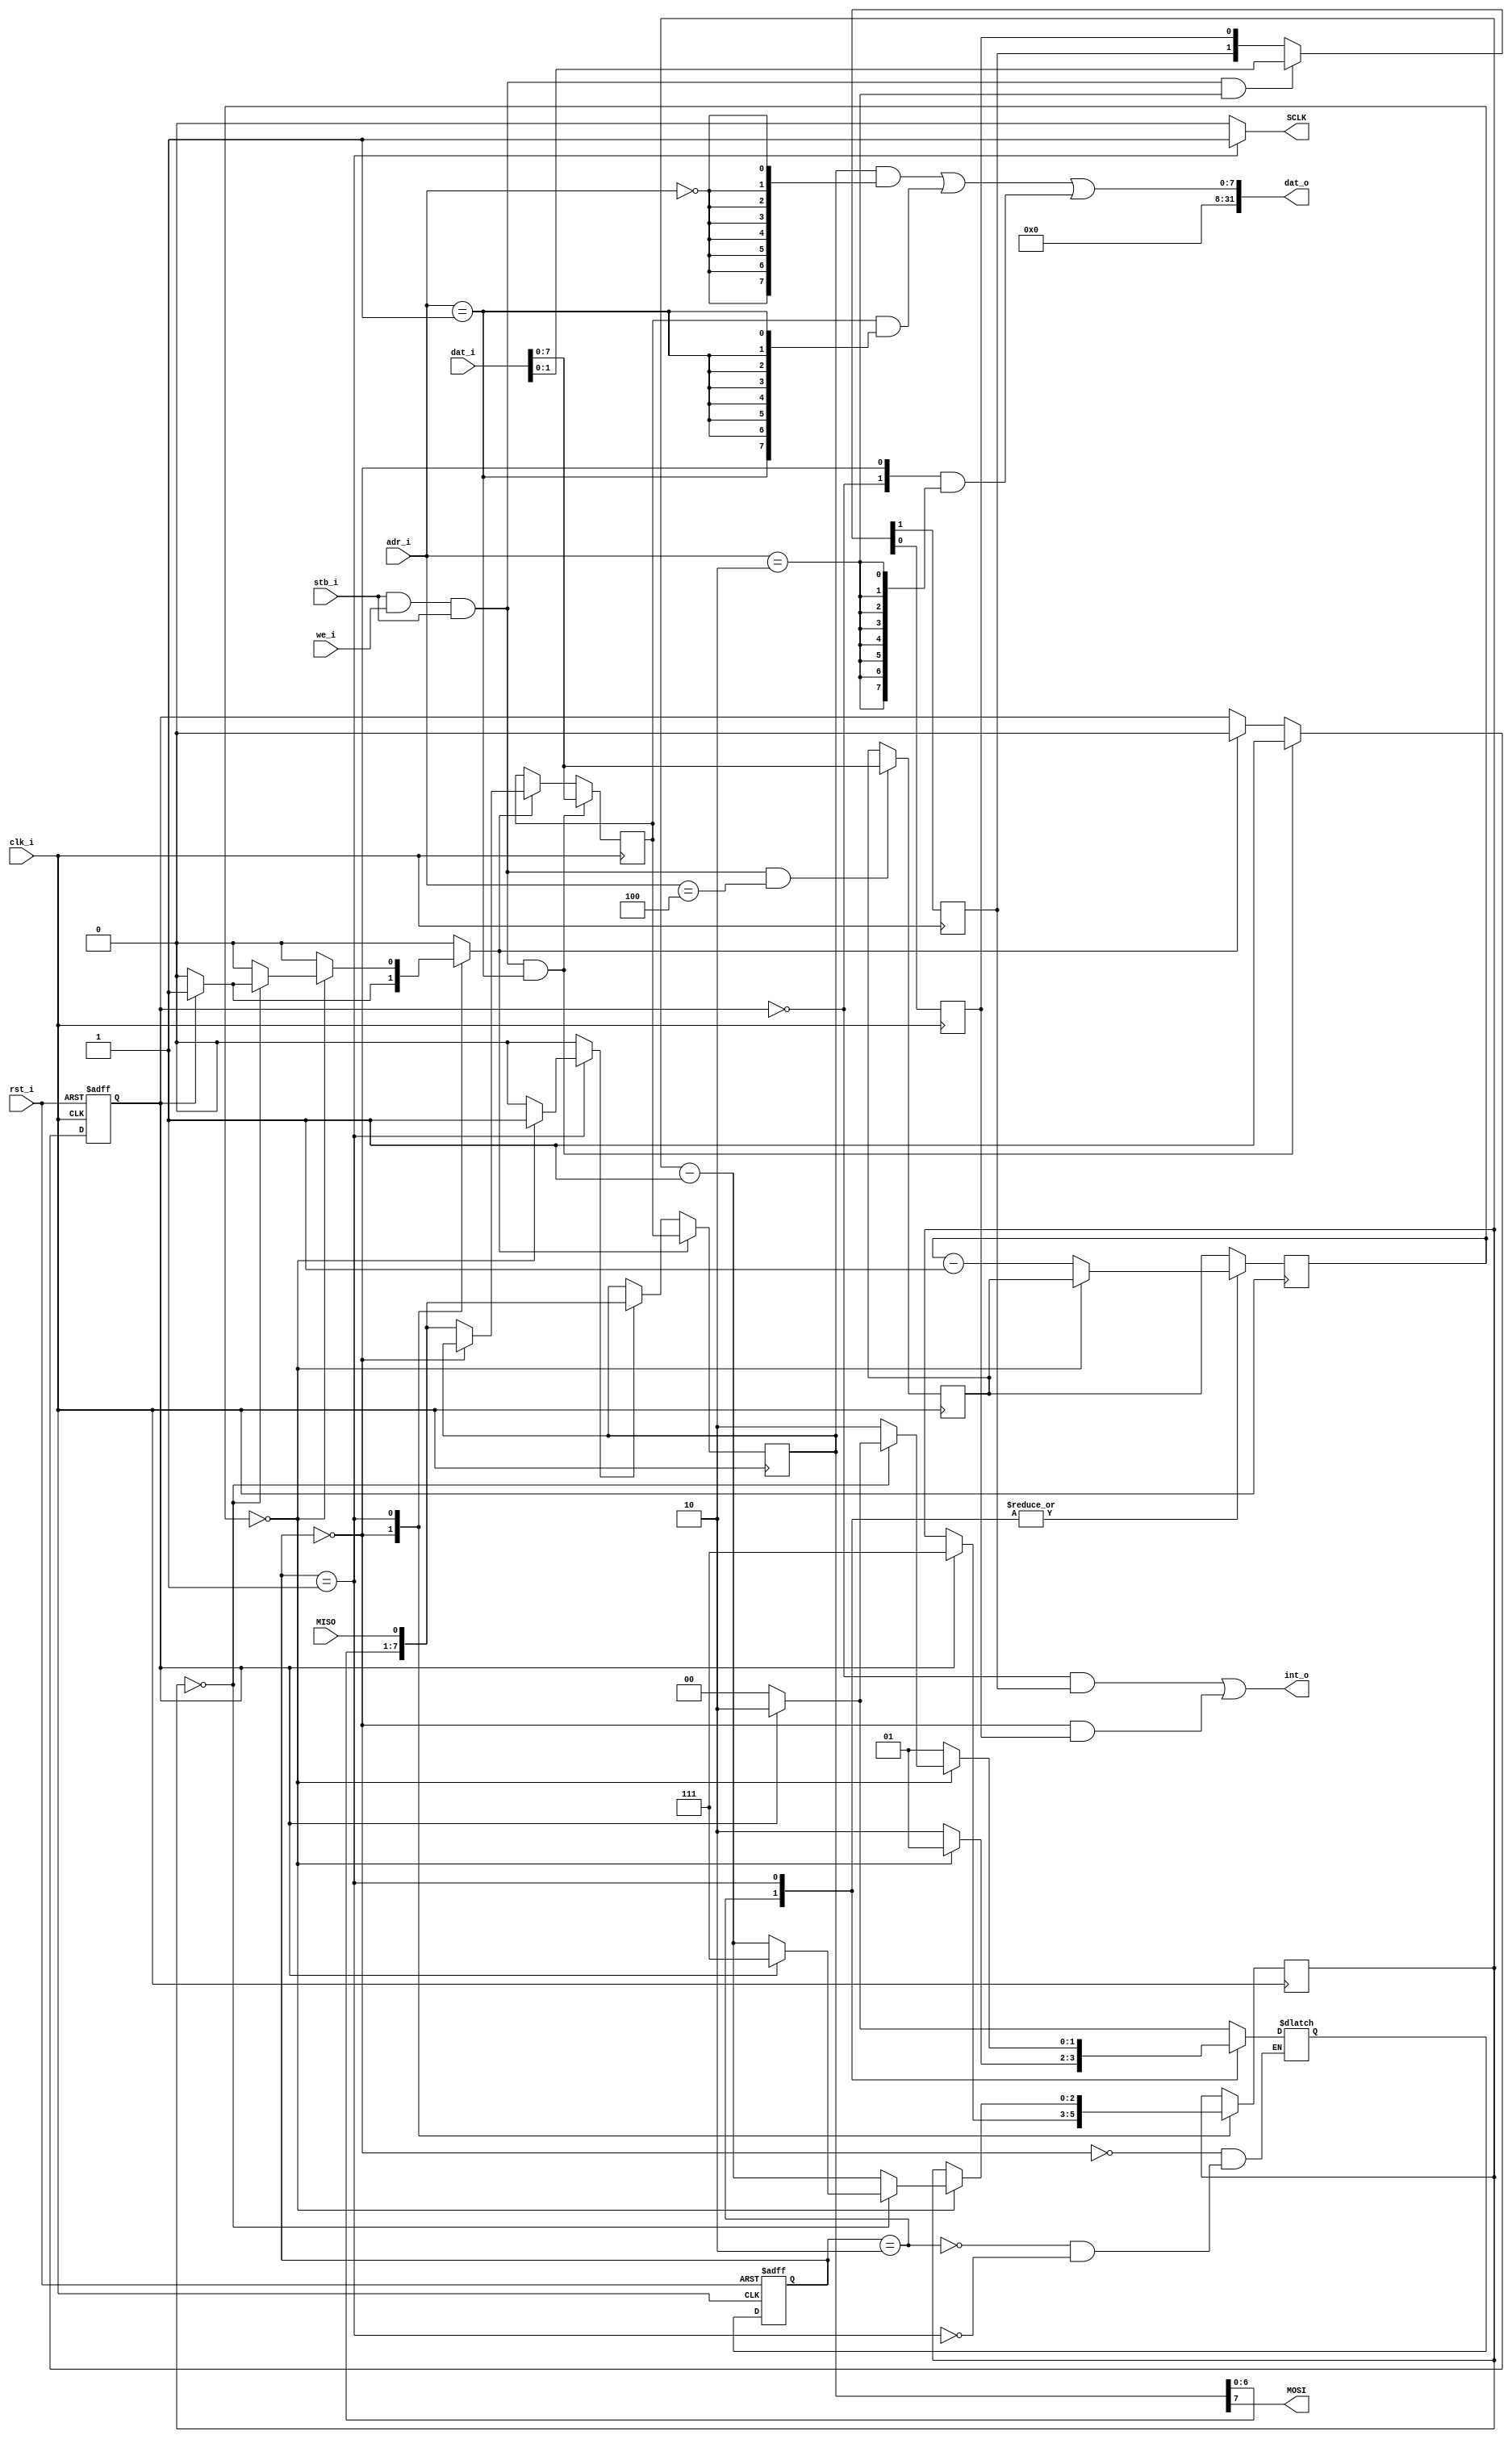
module tiny_spi(
   // system
   input	  rst_i,
   input	  clk_i,
   // memory mapped
   input	  stb_i,
   input	  we_i,
   output [31:0]  dat_o,
   input [31:0]   dat_i,
   output	  int_o,
   input [2:0]	  adr_i,
   //input 	  cyc_i, // comment out for avalon
   //output 	  ack_o, // comment out for avalon

   // spi
   output	  MOSI,
   output	  SCLK,
   input	  MISO
   );

   parameter BAUD_WIDTH = 8;
   parameter BAUD_DIV = 0;
   parameter SPI_MODE = 0;
   parameter BC_WIDTH = 3;
   parameter DIV_WIDTH = BAUD_DIV ? $clog2(BAUD_DIV / 2 - 1) : BAUD_WIDTH;


   reg [7:0]	  sr8, bb8;
   wire [7:0]	  sr8_sf;
   reg [BC_WIDTH - 1:0]		bc, bc_next;
   reg [DIV_WIDTH - 1:0]	ccr;
   reg [DIV_WIDTH - 1:0]	cc, cc_next;
   wire		  misod;
   wire		  cstb, wstb, bstb, istb;
   reg		  sck;
   reg		  sf, ld;
   reg		  bba;   // buffer flag
   reg		  txren, txeen;
   wire 	  txr, txe;
   wire		  cpol, cpha;
   reg		  cpolr, cphar;
   wire 	  wr;
   wire 	  cyc_i; // comment out for wishbone
   wire 	  ack_o; // comment out for wishbone
   assign cyc_i = 1'b1;  // comment out for wishbone
   assign ack_o = stb_i & cyc_i; // zero wait
   assign wr = stb_i & cyc_i & we_i & ack_o;
   assign wstb = wr & (adr_i == 1);
   assign istb = wr & (adr_i == 2);
   assign cstb = wr & (adr_i == 3);
   assign bstb = wr & (adr_i == 4);
   assign sr8_sf = { sr8[6:0],misod };
   assign dat_o =
		      (sr8 & {8{(adr_i == 0)}})
		    | (bb8 & {8{(adr_i == 1)}})
		    | ({ txr, txe } & {8{(adr_i == 2)}})
		      ;

   parameter
     IDLE = 0,
     PHASE1 = 1,
     PHASE2 = 2
     ;

   reg [1:0] spi_seq, spi_seq_next;
   always @(posedge clk_i or posedge rst_i)
     if (rst_i)
       spi_seq <= IDLE;
     else
       spi_seq <= spi_seq_next;

   always @(posedge clk_i)
     begin
	cc <= cc_next;
	bc <= bc_next;
     end

   always @(/*AS*/bba or bc or cc or ccr or cpha or cpol or spi_seq)
     begin
	sck = cpol;
	cc_next = BAUD_DIV ? (BAUD_DIV / 2 - 1) : ccr;
	bc_next = bc;
	ld = 1'b0;
	sf = 1'b0;

	case (spi_seq)
	  IDLE:
	    begin
	       if (bba)
		 begin
		    bc_next = 7;
		    ld = 1'b1;
		    spi_seq_next = PHASE2;
		 end
	       else
		 spi_seq_next = IDLE;
	    end
	  PHASE2:
	    begin
	       sck = (cpol ^ cpha);
	       if (cc == 0)
		 spi_seq_next = PHASE1;
	       else
		 begin
		    cc_next = cc - 1;
		    spi_seq_next = PHASE2;
		 end
	    end
	  PHASE1:
	    begin
	       sck = ~(cpol ^ cpha);
	       if (cc == 0)
		 begin
		    bc_next = bc -1;
		    sf = 1'b1;
		    if (bc == 0)
		      begin
			 if (bba)
			   begin
			      bc_next = 7;
			      ld = 1'b1;
			      spi_seq_next = PHASE2;
			   end
			 else
			   spi_seq_next = IDLE;
		      end
		    else
		      spi_seq_next = PHASE2;
		 end
	       else
		 begin
		    cc_next = cc - 1;
		    spi_seq_next = PHASE1;
		 end
	    end
	endcase
     end // always @ (...

   always @(posedge clk_i)
     begin
	if (cstb) // control reg
	  { cpolr, cphar } <= dat_i;
	else
	  { cpolr, cphar } <= { cpolr, cphar };

	if (istb) // irq enable reg
	  { txren, txeen } <= dat_i;
	else
	  { txren, txeen } <= { txren, txeen };

	if (bstb) // baud reg
	  ccr <= dat_i;
	else
	  ccr <= ccr;

	if (ld)   // shift reg
	  sr8 <= bb8;
	else if (sf)
	  sr8 <= sr8_sf;
	else
	  sr8 <= sr8;

	if (wstb) // buffer reg
	  bb8 <= dat_i;
	else if (ld)
	  bb8 <= (spi_seq == IDLE) ? sr8 : sr8_sf;
	else
	  bb8 <= bb8;
     end // always @ (posedge clk_i)

   always @(posedge clk_i or posedge rst_i)
     begin
	if (rst_i)
	  bba <= 1'b0;
	else if (wstb)
	  bba <= 1'b1;
	else if (ld)
	  bba <= 1'b0;
	else
	  bba <= bba;
     end

   assign { cpol, cpha } = ((SPI_MODE >= 0) & (SPI_MODE < 4)) ?
			   SPI_MODE : { cpolr, cphar };
   assign txe = (spi_seq == IDLE);
   assign txr = ~bba;
   assign int_o = (txr & txren) | (txe & txeen);
   assign SCLK = sck;
   assign MOSI = sr8[7];
   assign misod = MISO;

endmodule